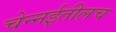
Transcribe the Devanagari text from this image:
चेन्नईतीलच